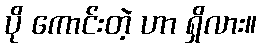
ပို ကောင်းတဲ့ ဟာ ရှိလား။